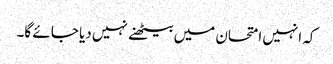
کہ انہیں امتحان میں بیٹھنے نہیں دیا جا ئے گا۔